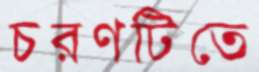
চরণটিতে